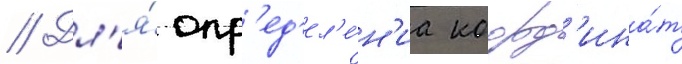
// Дл'я́ опр'ед'ел'е́н'иа коорд'ина́т